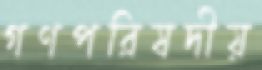
গণপরিষদীয়